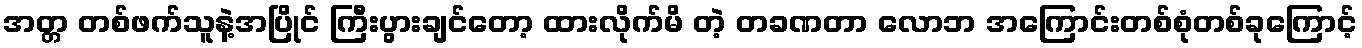
အတ္တ တစ်ဖက်သူနဲ့အပြိုင် ကြီးပွားချင်တော့ ထားလိုက်မိ တဲ့ တခဏတာ လောဘ အကြောင်းတစ်စုံတစ်ခုကြောင့်